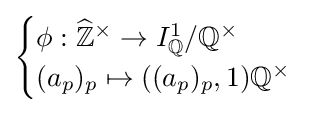
{\begin{cases}\phi :{\widehat {\mathbb {Z} }}^{\times }\to I_{\mathbb {Q} }^{1}/\mathbb {Q} ^{\times }\\(a_{p})_{p}\mapsto ((a_{p})_{p},1)\mathbb {Q} ^{\times }\end{cases}}